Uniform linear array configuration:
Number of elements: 12
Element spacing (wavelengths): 0.25
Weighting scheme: hann
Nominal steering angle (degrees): -45
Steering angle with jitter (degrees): -44.21
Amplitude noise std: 0.05
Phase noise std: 0.05

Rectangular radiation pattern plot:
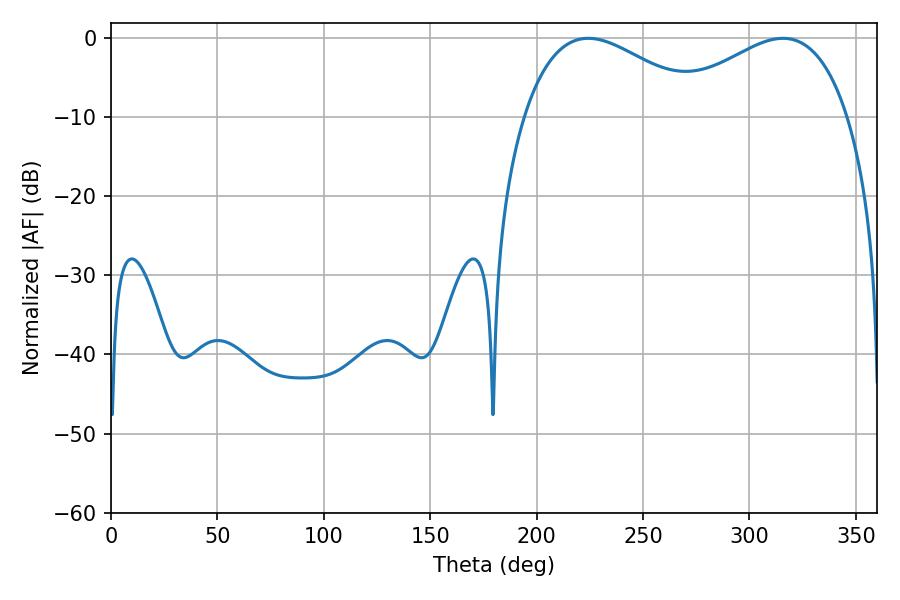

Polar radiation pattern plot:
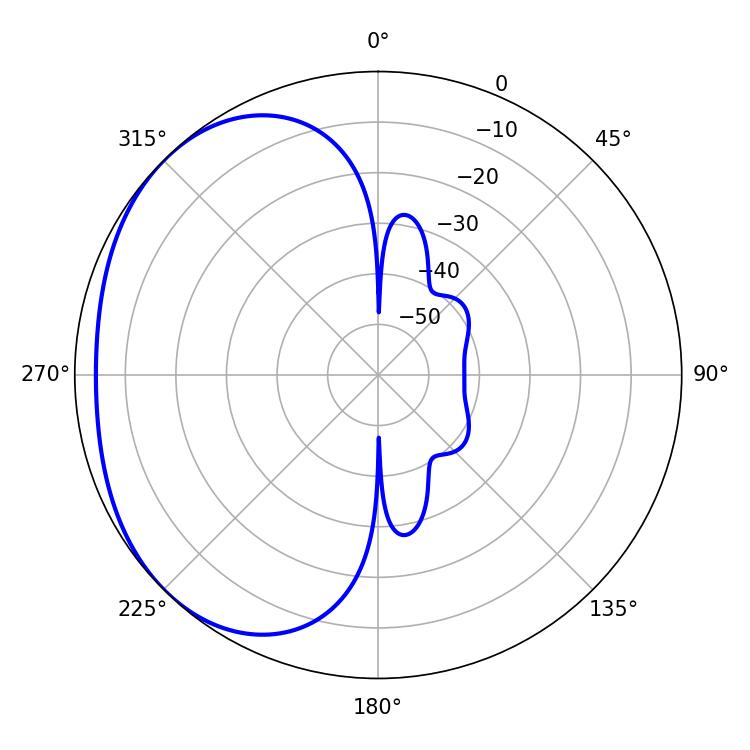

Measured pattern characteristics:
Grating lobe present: FALSE
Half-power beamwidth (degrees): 46.8
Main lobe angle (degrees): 224.28